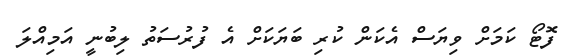
ފޮޓޯ ކަމަށް ވިޔަސް އެކަން ކުރި ބަޔަކަށް އެ ފުރުސަތު ލިބުނީ އަމިއްލަ